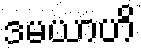
ဒမယာဟိ